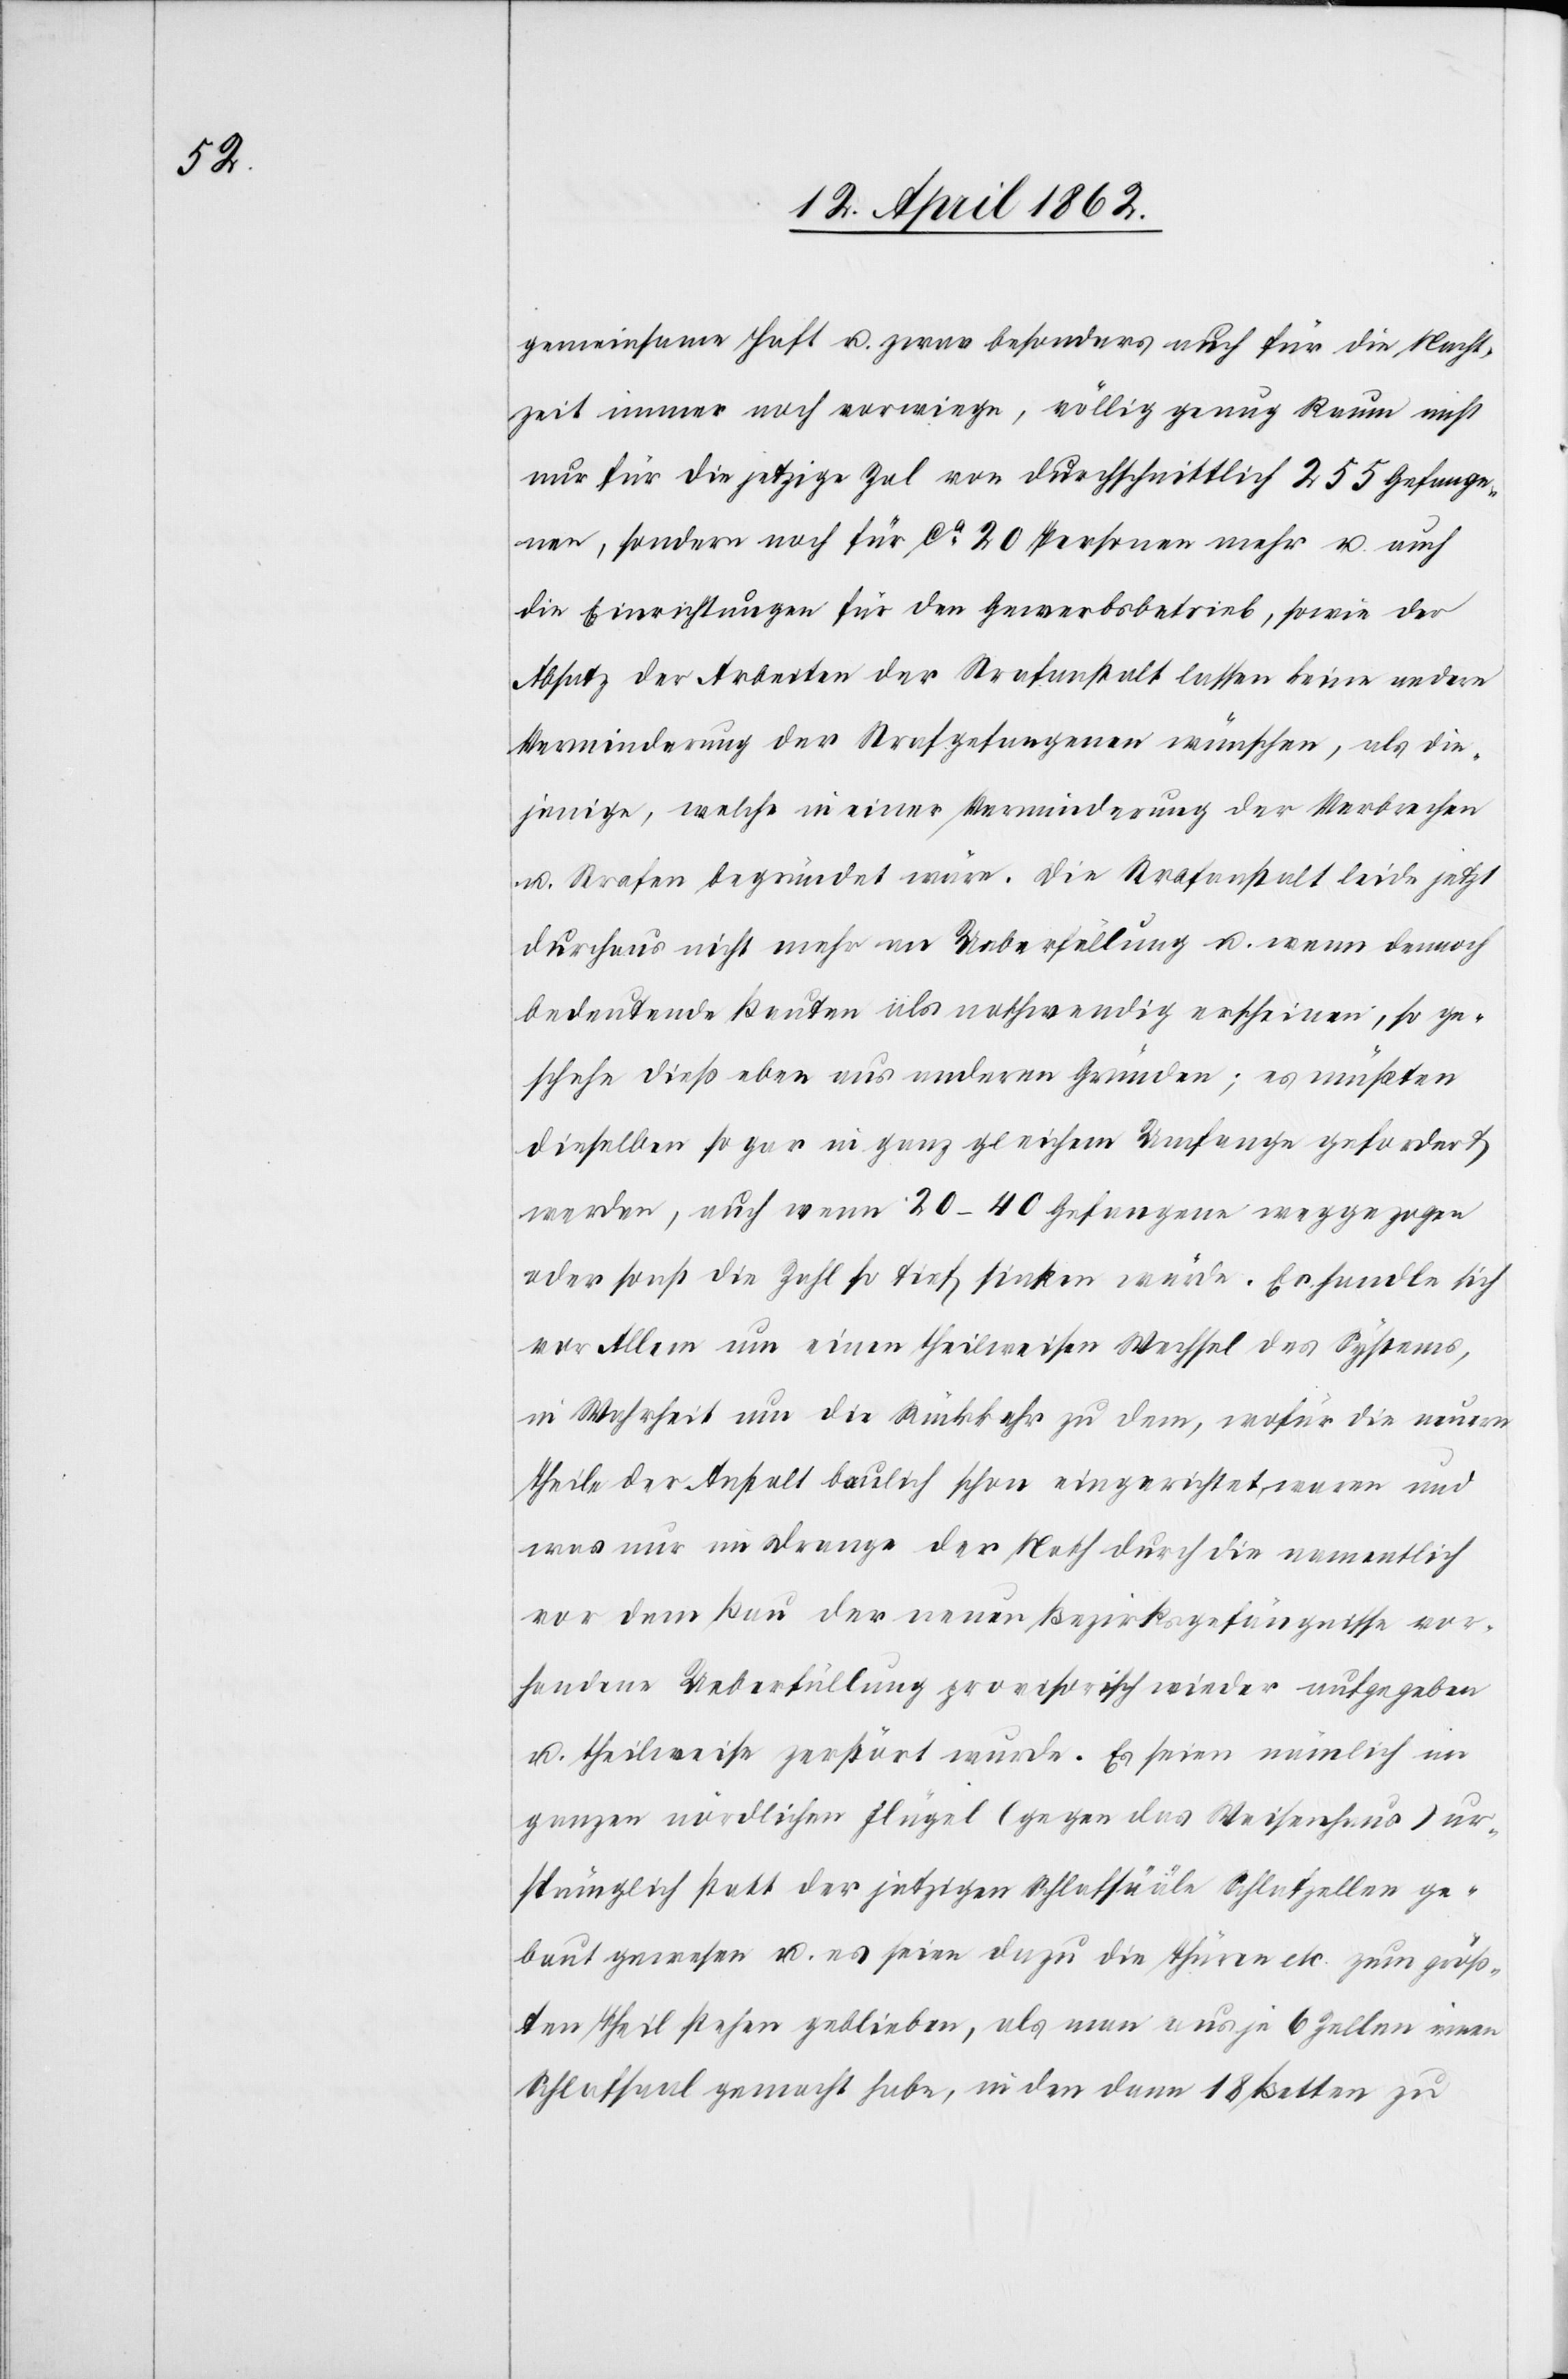
gemeinsame Haft u. zwar besonders auch für die Nacht¬
zeit immer noch vorwiege, völlig genug Raum nicht
nur für die jetzige Zal von durchschnittlich 255 Gefange¬
nen, sondern noch für ca. 20 Personen mehr u. auch
die Einrichtungen für den Gewerbsbetrieb, sowie der
Absatz der Arbeiten der Strafanstalt lassen keine andere
Verminderung der Strafgefangenen wünschen, als die¬
jenige, welche in einer Verminderung der Verbrechen
u. Strafen begründet wäre. Die Strafanstalt leide jetzt
durchaus nicht mehr an Ueberfüllung u. wenn dennoch
bedeutende Bauten als nothwendig erscheinen, so ge¬
schehe dieß eben aus anderen Gründen; es müßten
dieselben so gar in ganz gleichem Umfange gefordert
werden, auch wenn 20–40 Gefangene weggezogen
oder sonst die Zahl so tief sinken würde. Es handle sich
vor Allem um einen theilweisen Wechsel des Systems,
in Mehrheit um die Rückkehr zu dem, wofür die neuern
Theile der Anstalt baulich schon eingerichtet waren und
was nur im Drange der Noth durch die namentlich
vor dem Bau der neuen Bezirksgefängnisse vor¬
handene Ueberfüllung provisorisch wieder aufgegeben
u. theilweise zerstört wurde. Es seien nämlich im
ganzen nördlichen Flügel (gegen das Weisenhaus) ur¬
sprünglich statt der jetzigen Schlafsääle Schlafzellen ge¬
baut gewesen u. es seien dazu die Thüren etc. zum größ¬
ten Theil stehen geblieben, als man aus je 6 Zellen einen
Schlafsaal gemacht habe, in den dann 18 Betten zu